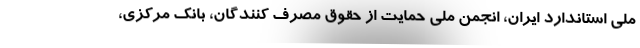
ملی استاندارد ایران، انجمن ملی حمایت از حقوق مصرف کنندگان، بانک مرکزی،